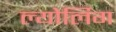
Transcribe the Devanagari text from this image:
ल्योर्लिग